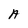
Character: A